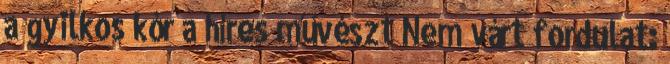
a gyilkos kór a híres művészt Nem várt fordulat: